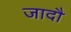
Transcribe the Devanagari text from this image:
जादौ